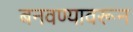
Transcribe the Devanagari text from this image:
बनवण्यावरून